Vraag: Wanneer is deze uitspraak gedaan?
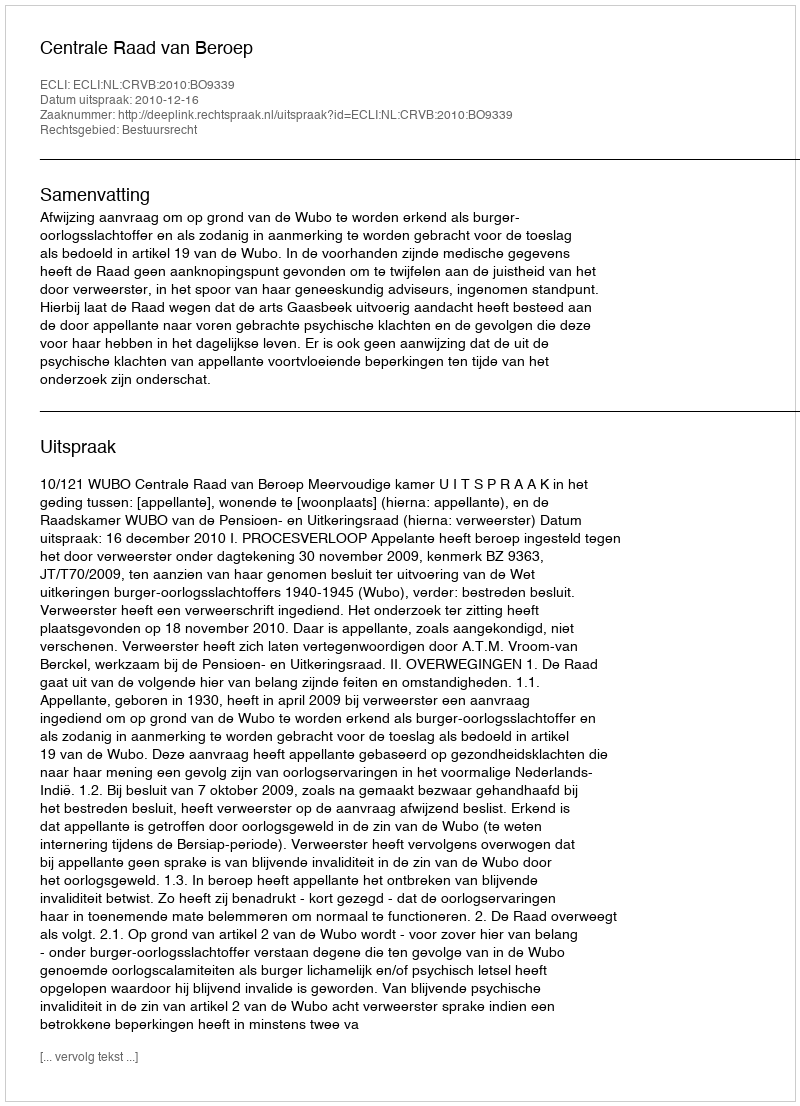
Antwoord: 2010-12-16